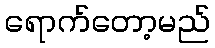
ရောက်တော့မည်